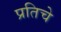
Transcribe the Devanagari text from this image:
प्रतिचे